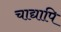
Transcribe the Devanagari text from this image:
चाद्यापि